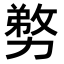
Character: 𭄽